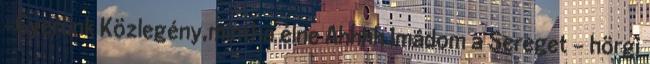
-Gyerünk Közlegény,mintha élne Ahhhh Imádom a Sereget - hörgi